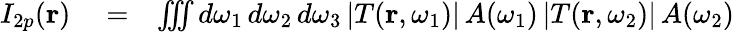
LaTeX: \begin{array}{rlr}{I_{2p}(\mathbf{r})}&{{}=}&{\iiint d\omega_{1}\, d\omega_{2}\, d\omega_{3}\, |T(\mathbf{r},\omega_{1})|\, A(\omega_{1})\, |T(\mathbf{r},\omega_{2})|\, A(\omega_{2})}\end{array}